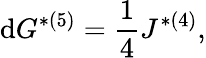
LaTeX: \mathrm{d}G^{*(5)}={\frac{{1}}{{4}}}J^{*(4)},